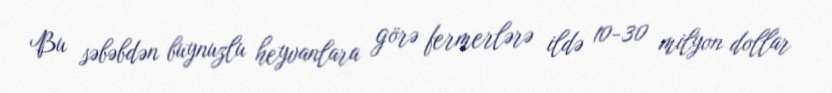
Bu səbəbdən buynuzlu heyvanlara görə fermerlərə ildə 10-30 milyon dollar